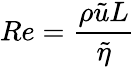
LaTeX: Re=\frac{\rho\tilde{u}L}{\tilde{\eta}}